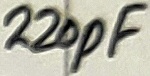
Text: 220pF